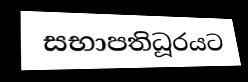
සභාපතිධූරයට